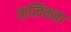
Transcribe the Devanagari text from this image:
तात्विकता